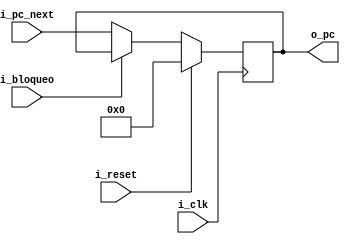
`timescale 1ns / 1ps

module PC(
    
    input wire i_clk,
    input wire i_reset,
    input wire [31:0] i_pc_next,
    input wire i_bloqueo,
    
    output reg [31:0] o_pc
    );

    
    always @(negedge i_clk) begin
    
        if(i_reset) begin                   //// En caso de reset pongo PC a cero
            o_pc <= 32'h00000000;
        end else begin
            if(! i_bloqueo) begin           // En caso de que el bit de bloqueo no este activado, modifico el module PC
                o_pc <= i_pc_next;
            end
        end
        
    end
        
endmodule